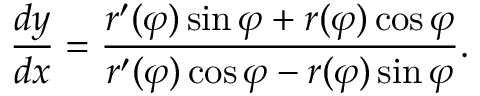
{ \frac { d y } { d x } } = { \frac { r ^ { \prime } ( \varphi ) \sin \varphi + r ( \varphi ) \cos \varphi } { r ^ { \prime } ( \varphi ) \cos \varphi - r ( \varphi ) \sin \varphi } } .